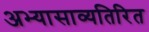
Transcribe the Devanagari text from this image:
अभ्यासाव्यतिरित